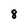
Character: 8